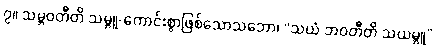
၇။ သမ္ဘဝတီတိ သမ္ဘူ-ကောင်းစွာဖြစ်သောသဘော၊ “သယံ ဘဝတီတိ သယမ္ဘူ”